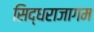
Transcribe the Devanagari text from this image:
सिद्धराजागम